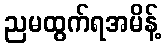
ညမထွက်ရအမိန့်